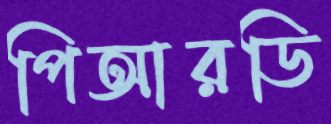
পিআরডি